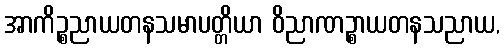
အာကိဉ္စညာယတနသမာပတ္တိယာ ဝိညာဏဉ္စာယတနသညာယ,